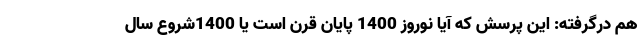
هم درگرفته: این پرسش که آیا نوروز 1400 پایان قرن است یا 1400شروع سال